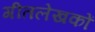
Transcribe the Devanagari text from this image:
गीतलेखकों